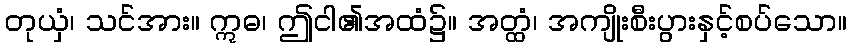
တုယှံ၊ သင်အား။ ဣဓ၊ ဤငါ၏အထံ၌။ အတ္ထံ၊ အကျိုးစီးပွားနှင့်စပ်သော။